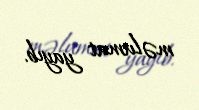
məlumat yayıb.